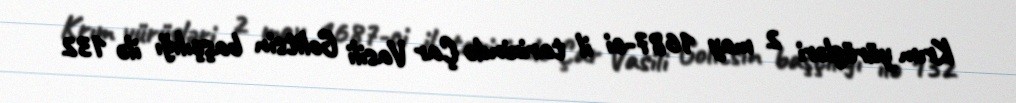
Krım yürüşləri 2 may 1687-ci il tarixində Çar Vasili Golitsin başçılığı ilə 132